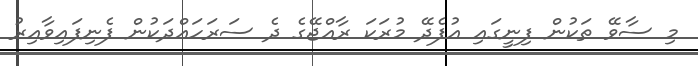
މި ސާވޭ ތަކުން ފިނީގައި އުފެދޭ މުރަކަ ރާއްޖޭގެ ދެ ސަރަހައްދަކުން ފެނިފައިވާއިރު